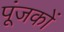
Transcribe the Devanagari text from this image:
पूंजकों